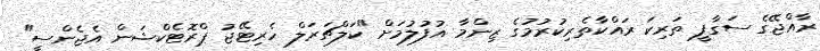
ރާއްޖޭގެ ސަގާފީ ތަރިކަ ރައްކާތެރިކުރުމުގެ ޒިންމާ އުފުލުމަށް "ކަލްޗަރަލް ހެރިޓޭޖު ޕްރޮޓެކްޝަން އެޖެންސީ"